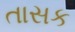
તાસક